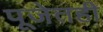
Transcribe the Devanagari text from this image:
पूजेतही